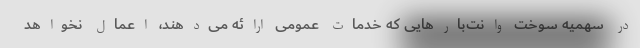
در سهمیه سوخت وانت‌بارهایی که خدمات عمومی ارائه می‌دهند، اعمال نخواهد